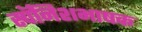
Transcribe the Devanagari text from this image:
स्पॅनिशभाषक